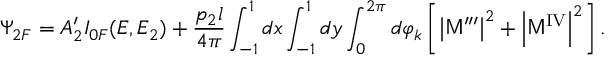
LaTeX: \Psi _ { 2 F } = A _ { 2 } ^ { \prime } I _ { 0 F } ( E , E _ { 2 } ) + \frac { p _ { 2 } l } { 4 \pi } \int _ { - 1 } ^ { 1 } d x \int _ { - 1 } ^ { 1 } d y \int _ { 0 } ^ { 2 \pi } d \varphi _ { k } \left[ \left| { \sf M } ^ { \prime \prime \prime } \right| ^ { 2 } + \left| { \sf M } ^ { \mathrm { I V } } \right| ^ { 2 } \right] .